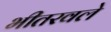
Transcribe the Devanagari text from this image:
भीतरवले